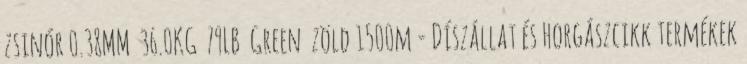
zsinór 0.38MM 36.0KG 79LB Green zöld 1500m - Díszállat és Horgászcikk termékek